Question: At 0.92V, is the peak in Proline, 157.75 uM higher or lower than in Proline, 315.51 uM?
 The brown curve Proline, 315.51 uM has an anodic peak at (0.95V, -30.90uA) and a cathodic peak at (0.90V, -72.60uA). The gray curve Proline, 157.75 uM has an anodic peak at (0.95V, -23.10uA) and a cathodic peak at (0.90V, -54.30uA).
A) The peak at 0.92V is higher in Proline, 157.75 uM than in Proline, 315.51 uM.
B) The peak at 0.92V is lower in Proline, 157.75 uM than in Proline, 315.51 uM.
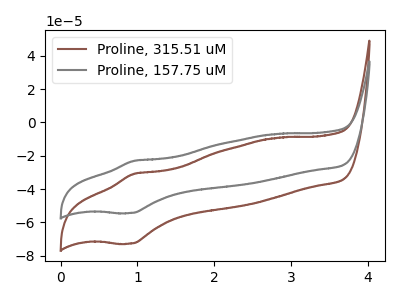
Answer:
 <answer>B) The peak at 0.92V is lower in "Proline, 157.75 uM" than in "Proline, 315.51 uM".</answer>
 <eval>B</eval>